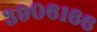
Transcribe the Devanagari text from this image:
३९०६१६६